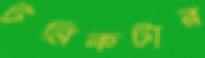
টনিকটার